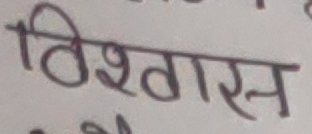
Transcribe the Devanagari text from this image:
विश्वास